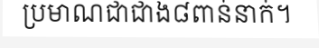
ប្រមាណជាជាង៨ពាន់នាក់។